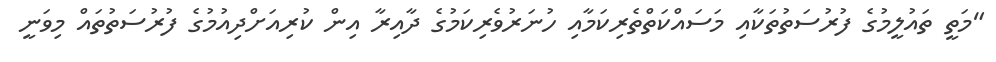
"މަތީ ތައުލީމުގެ ފުރުސަތުތަކާއި މަސައްކަތްތެރިކަމާއި ހުނަރުވެރިކަމުގެ ދާއިރާ އިން ކުރިއަށްދިއުމުގެ ފުރުސަތުތައް މިވަނީ